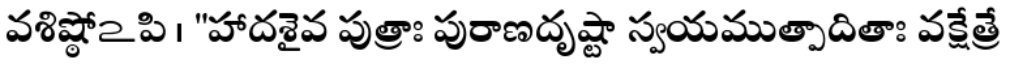
వశిష్ఠోఽపి । "హాదశైవ పుత్రాః పురాణదృష్టా స్వయముత్పాదితాః వక్షేత్రే